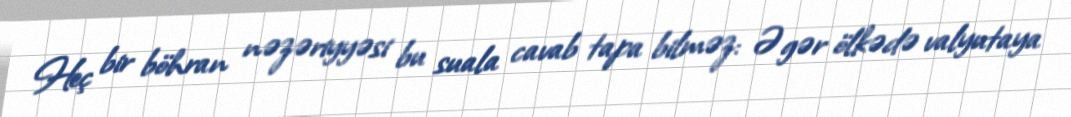
Heç bir böhran nəzəriyyəsi bu suala cavab tapa bilməz: Əgər ölkədə valyutaya